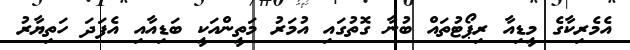
އެމެރިކާގެ މީޑިއާ ރިޕޯޓުތައް ބުނާ ގޮތުގައި އުމަރު މަތީންއަކީ ބަޑިއާއި އެފަދަ ހަތިޔާރު